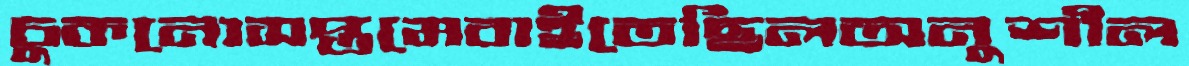
চুকনোসপ্তমেবাইতেছিলঅনুশীল